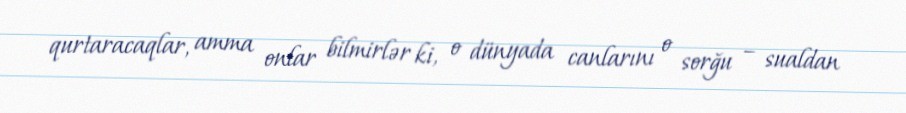
qurtaracaqlar, amma onlar bilmirlər ki, o dünyada canlarını o sorğu – sualdan